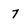
Character: 7